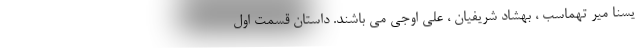
یسنا میر تهماسب ، بهشاد شریفیان ، علی اوجی می باشند. داستان قسمت اول